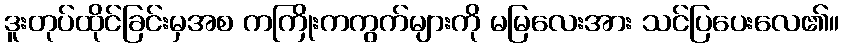
ဒူးတုပ်ထိုင်ခြင်းမှအစ ကကြိုးကကွက်များကို မမြလေးအား သင်ပြပေးလေ၏။